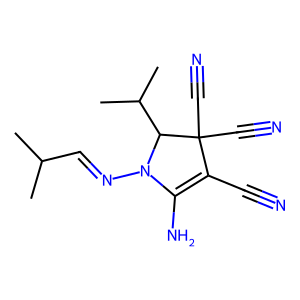
SMILES: CC(C)C=NN1C(N)=C(C#N)C(C#N)(C#N)C1C(C)C
Inhibits HIV replication: No